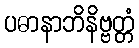
ပဓာနာဘိနိဗ္ဗတ္တံ